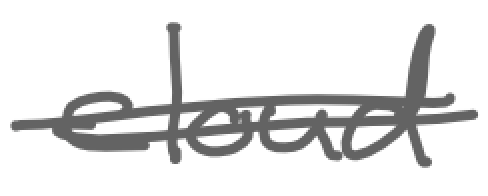
Text: cloud
Cross-out: wave
Writing tool: digital_gray